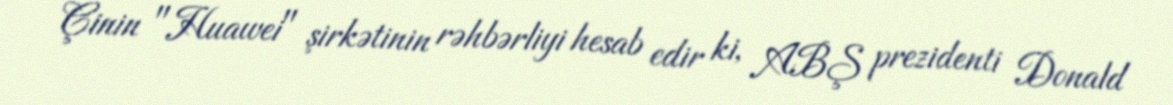
Çinin "Huawei" şirkətinin rəhbərliyi hesab edir ki, ABŞ prezidenti Donald